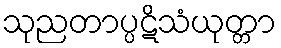
သုညတာပ္ပဋိသံယုတ္တာ